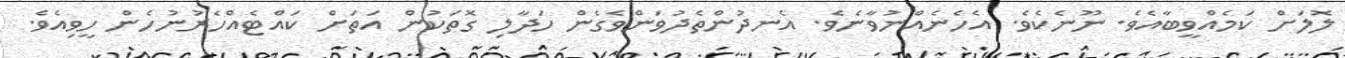
ލޮލަށް ކަމެއްވީބާއެވެ. ނޫނެކެވެ. އެހެނެއްނުވާނެވެ. އެނދުންތެދުވަންވެގެން ހަދާލި ގޮތަކުން އަތަށް ކައްޓެއްހެރުނުހެން ހީވިއެވެ.